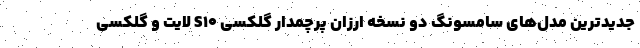
جدیدترین مدل‌های سامسونگ دو نسخه ارزان پرچمدار گلکسی S10 لایت و گلکسی